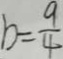
b = \frac { 9 } { 4 }